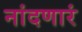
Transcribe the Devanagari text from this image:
नांदणारं